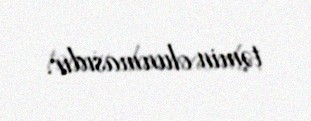
təmin olunmasıdır.